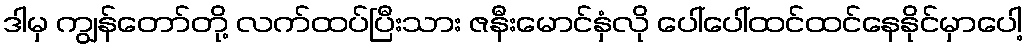
ဒါမှ ကျွန်တော်တို့ လက်ထပ်ပြီးသား ဇနီးမောင်နှံလို ပေါ်ပေါ်ထင်ထင်နေနိုင်မှာပေါ့